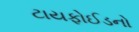
ટાયફોઈડનો